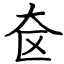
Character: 奁